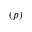
( p )